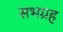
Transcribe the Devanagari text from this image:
सभग्रह